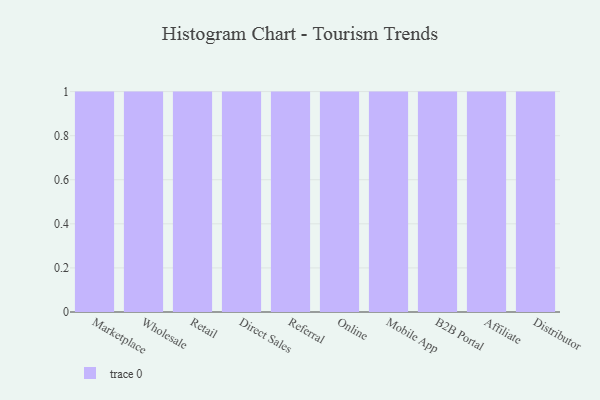
{"axis": {"x": "Channel", "y": "Active Users"}, "legend": [""], "data": [{"x": "Marketplace", "y": 8, "type": ""}, {"x": "Wholesale", "y": 24, "type": ""}, {"x": "Retail", "y": 32, "type": ""}, {"x": "Direct Sales", "y": 71, "type": ""}, {"x": "Referral", "y": 22, "type": ""}, {"x": "Online", "y": 98, "type": ""}, {"x": "Mobile App", "y": 56, "type": ""}, {"x": "B2B Portal", "y": 50, "type": ""}, {"x": "Affiliate", "y": 46, "type": ""}, {"x": "Distributor", "y": 8, "type": ""}]}